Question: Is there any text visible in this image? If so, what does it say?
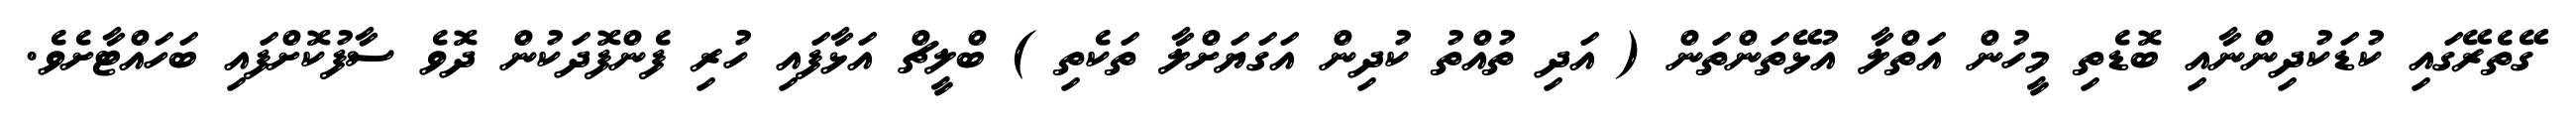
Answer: ގޭތެރޭގައި ކުޑަކުދިންނާއި ބޮޑެތި މީހުން އަތްލާ އުޅޭތަންތަން ( އަދި ތުއްތު ކުދިން އަގަޔަށްލާ ތަކެތި ) ބްލީޗް އަޅާފައި ހުރި ފެންފޮދަކުން ދޮވެ ސާފުކޮށްފައި ބަހައްޓާށެވެ.